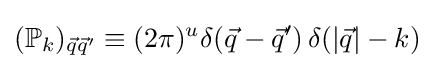
(\mathbb {P} _{k})_{{\vec {q}}{\vec {q}}'}\equiv (2\pi )^{u}\delta ({\vec {q}}-{\vec {q}}')\,\delta (|{\vec {q}}|-k)